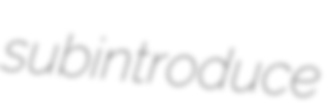
subintroduce